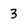
Character: 3